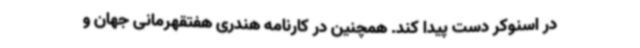
در اسنوکر دست پیدا کند. همچنین در کارنامه هندری هفتقهرمانی جهان و